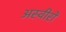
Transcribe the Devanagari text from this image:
अस्वीरों